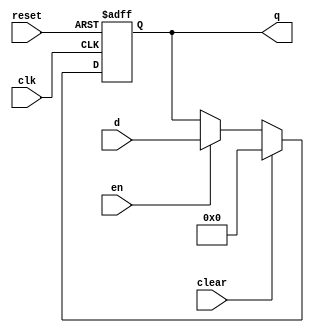
//en r clear  flush/stall/   Fetch/Decode
module flopenrc #(
	parameter WIDTH = 8,
	parameter VALUE_0 = 32'b0
)(
	input					clk,
	input					reset,
	input					en,
	input					clear,
	input		[WIDTH-1:0] d,
	output reg	[WIDTH-1:0] q
);
 
	always @(posedge clk, posedge reset) begin
		if (reset)
			q <= #1 VALUE_0;
		else if (clear)
			q <= #1 VALUE_0;
		else if (en)
			q <= #1 d;
	end
	
endmodule